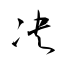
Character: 决